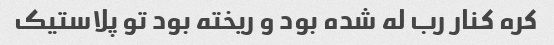
کره کنار رب له شده بود و ریخته بود تو پلاستیک